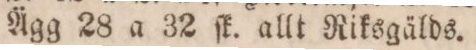
Ägg 28 a 32 ſk. allt Riksgälds.